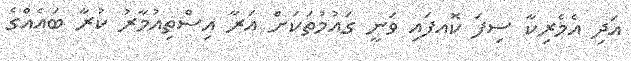
އަދި އެމެރިކާ ސިފަ ކޮއފައި ވަނީ ގައުމުތަކަށް އަރާ އިސްތިއުމާރު ކުރާ ބައެއްގެ